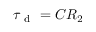
\tau _ { \mathrm { ~ d ~ } } = C R _ { 2 }